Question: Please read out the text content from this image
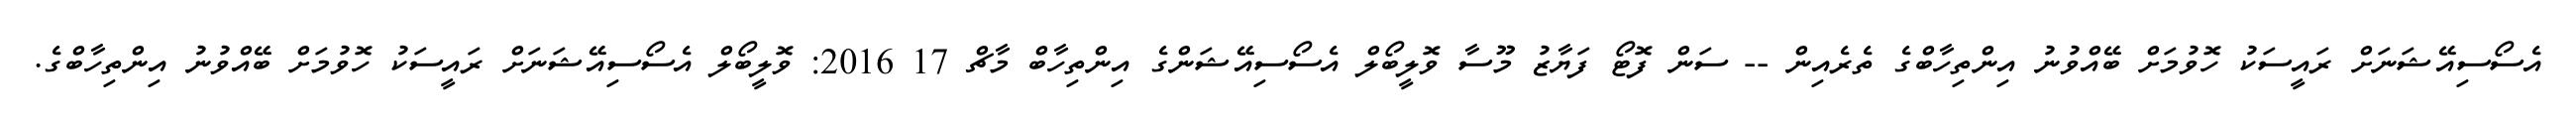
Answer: އެސޯސިއޭޝަނަށް ރައީސަކު ހޮވުމަށް ބޭއްވުނު އިންތިހާބްގެ ތެރެއިން -- ސަން ފޮޓޯ ފަޔާޒު މޫސާ ވޮލީބޯލް އެސޯސިއޭޝަންގެ އިންތިހާބް މާޗް 17 2016: ވޮލީބޯލް އެސޯސިއޭޝަނަށް ރައީސަކު ހޮވުމަށް ބޭއްވުނު އިންތިހާބްގެ.